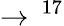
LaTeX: \to\, ^{17}